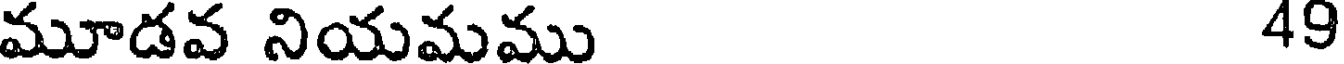
మూడవ నియమము 49